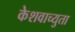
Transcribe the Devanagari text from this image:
केेशवाच्युता